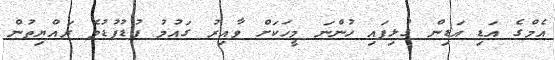
އެމްގެ އަޑި އަޑިން ގުޅިފައި ހުންނަ މީހަކަށް ވާއިރު ގައުމު ފުޑުފުޑުވެ ރައްޔިތުން